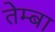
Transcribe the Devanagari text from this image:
तेम्बा